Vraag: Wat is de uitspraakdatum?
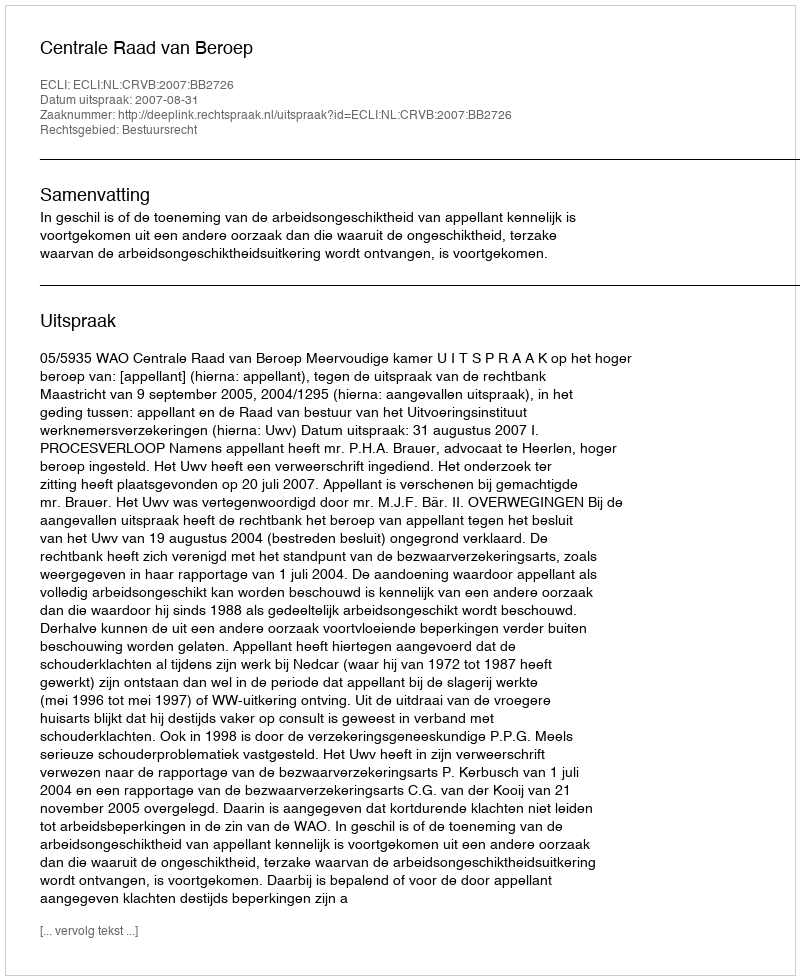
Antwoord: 2007-08-31